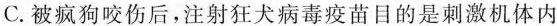
C.被疯狗咬伤后，注射狂犬病毒疫苗目的是刺激机体内